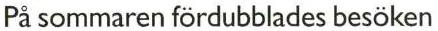
På sommaren fördubblades besöken